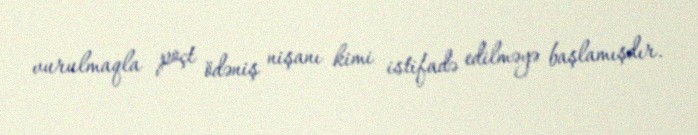
vurulmaqla poçt ödəniş nişanı kimi istifadə edilməyə başlamışdır.